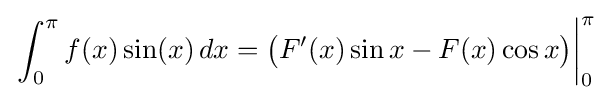
\left.\int _{0}^{\pi }f(x)\sin(x)\,dx={\bigl (}F'(x)\sin x-F(x)\cos x{\bigr )}\right|_{0}^{\pi }